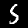
Digit: 5